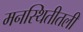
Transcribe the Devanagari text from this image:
मनस्थितीतली